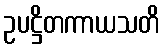
ဥပဋ္ဌိတကာယသတိ